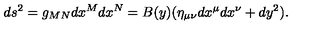
d s ^ { 2 } = g _ { M N } d x ^ { M } d x ^ { N } = B ( y ) ( \eta _ { \mu \nu } d x ^ { \mu } d x ^ { \nu } + d y ^ { 2 } ) .